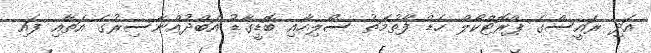
އަދި ރައީސްގެ ޕްރޮޓްކޯލް ހެޑް ފާތުމަތު ސޯލިހާއި ބޮޑީގާޑު އަބްދުއްނާސިރުގެ އަތާއި ފައި